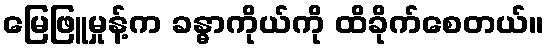
မြေဖြူမှုန့်က ခန္ဓာကိုယ်ကို ထိခိုက်စေတယ်။